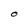
Character: O